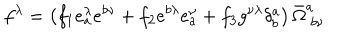
f ^ { \lambda } = \left( f _ { 1 } e _ { a } ^ { \lambda } e ^ { b \nu } + f _ { 2 } e ^ { b \lambda } e _ { a } ^ { \nu } + f _ { 3 } g ^ { \nu \lambda } \delta _ { b } ^ { a } \right) \bar { \Omega } _ { ~ b \nu } ^ { a }